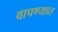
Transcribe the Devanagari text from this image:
वापण्यात